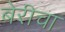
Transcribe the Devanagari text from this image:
बेरीचा